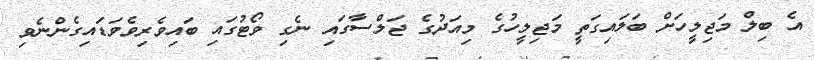
އެ ބިލް މަޖިލީހަށް ބަލައިގަތީ މަޖިލީހުގެ މިއަދުގެ ޖަލްސާގައި ނެގި ވޯޓުގައި ބައިވެރިވެވަަޑައިގެންނެވި